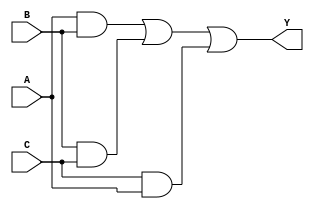
// This program was cloned from: https://github.com/aryanmahawar205/ModelSim-IntelFPGA
// License: GNU General Public License v3.0

//to verify the Boolean Expression, Y = AB + BC + CA using Structural Modelling

module exp_str(Y, A, B, C);
input A, B, C; output Y;
wire w1, w2, w3;
and g1(w1, A, B);
and g2(w2, B, C);
and g3(w3, C, A);
or g4(Y, w1, w2, w3);
endmodule